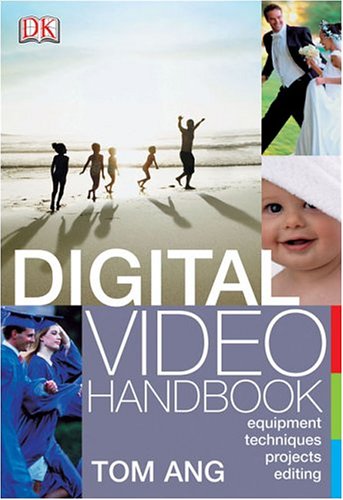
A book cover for Digital Video Handbook; Tom Ang; Humor & Entertainment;